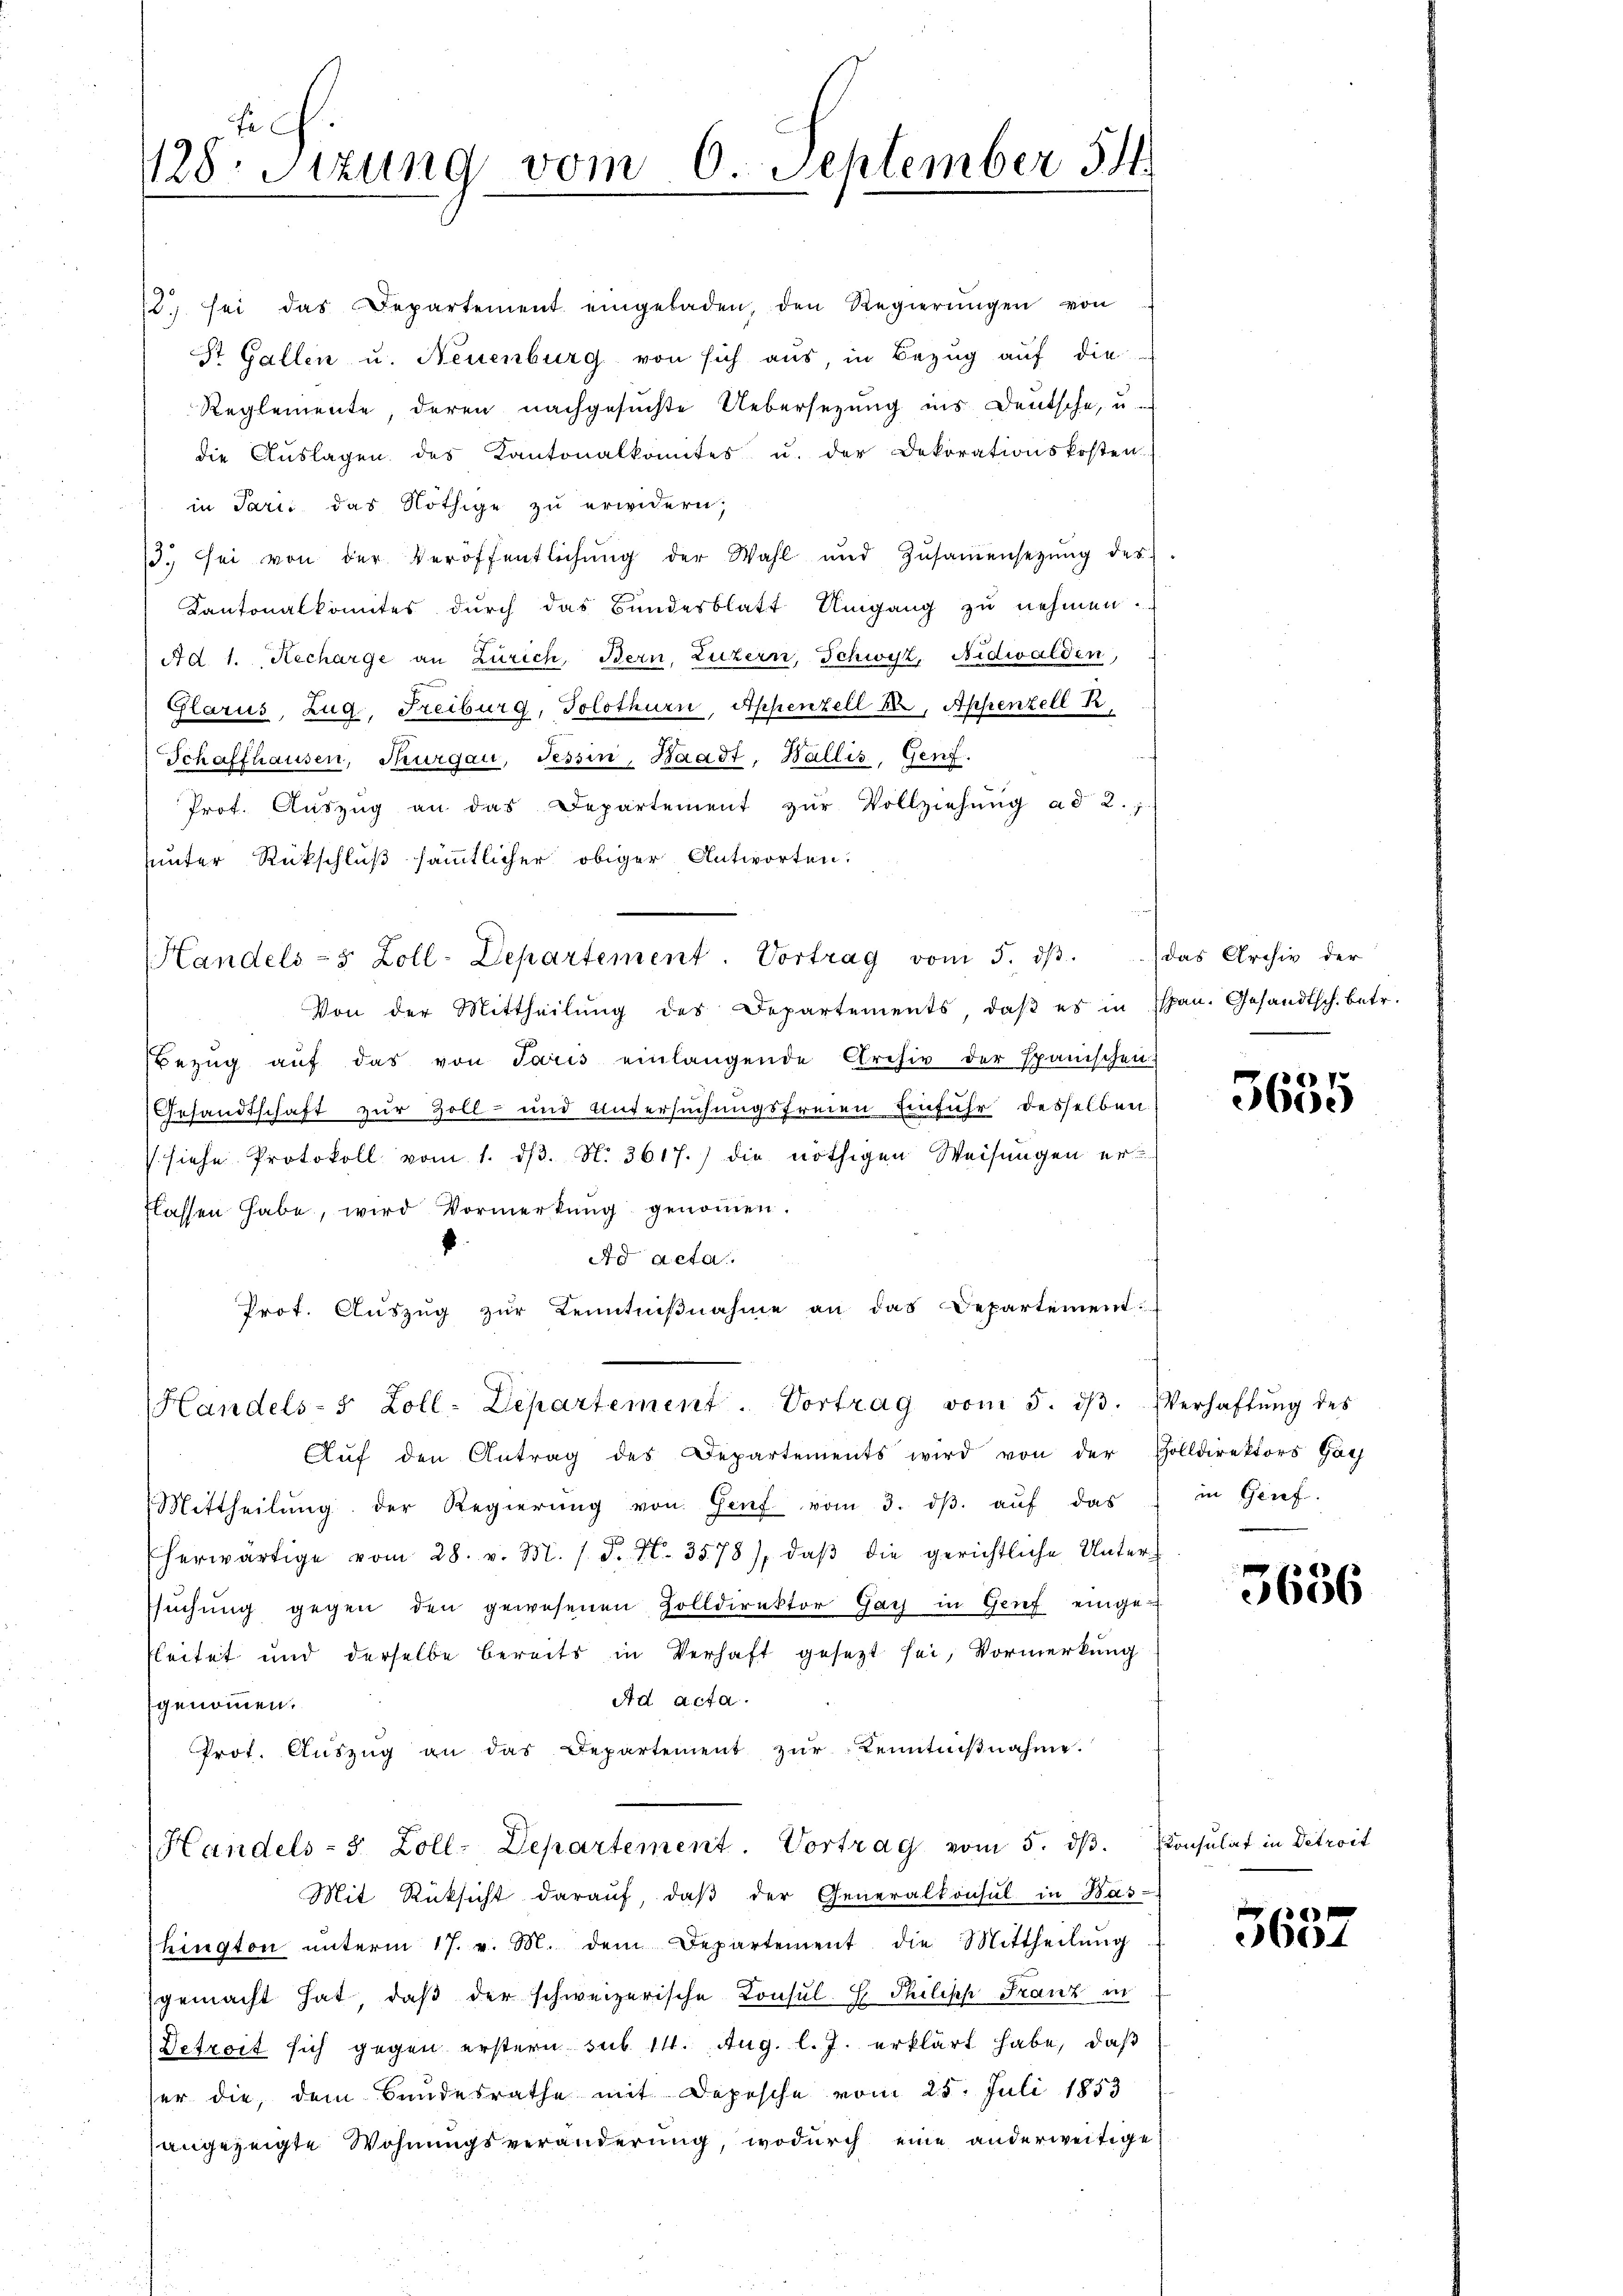
fe
1128. Sitzung vom 6. September 54.

22 sei das Departement eingeladen, den Regierŭngen von
St. Gallen u. Neuenburg von sich aus, in Bezug auf die
Reglemente, deren nachgesuchte Uebersetzung ins Deutsche, u.
die Aŭslagen des Kantonalkomites u. der Dekorationskosten.
in Parii das Nöthige zu erwidern;
3. sei von der Veröffentlichŭng der Wahl und Zŭsaṁensetzŭng des
Kantonalkomites durch das Bundesblatt Umgang zu nehmen.
Ad. 1. Recharge an Zürich Bern, Luzern, Schwyz, Nidwalden,
Glarus, Zug, Freiburg, Solothurn, Appenzell 22, Appenzell R.
Schaffhausen, Thurgau, Tessin, Waadt, Wallis, Genf.
Prof. Auszug an das Departement zur Vollziehung ad 2. 7.
unter Rückschluß sämmtlicher obiger Antworten.
Handels- & Zoll-Departement. Vortrag vom 5. dβ.
Von der Mittheilung des Departements, daß es in Span. Gesandtsch. betr.
Bezŭg aŭf das von Joris einlangende Archiv der Spanischen
Gesandtschaft zur Zoll- und Untersuchungsfreien Einfuhr desselben
(siehe Protokoll vom 1. dβ. N. 3617.) die nöthigen Weisungen erflassen habe, wird Vormerkung genommen.
Ad acta.
Prot. Aŭszŭg zŭr Kenntniβnahme an das Departement
Handels- 5 Zoll-Departement. Vortrag vom 5. dβ. Verhaftŭng des
Aŭf den Antrag des Departements wird von der Zolldirektors Göth
Mittheilŭng der Regierŭng von Hanf vom 3. dβ aŭf das
Eherwärtige vom 28. v. M. /. d. N. 3578), daβ die gerichtliche Unter-
suchung gegen den gewesenen Zolldirektor Gay in Genf eingefleitet und derselbe bereits in Verhaft gesezt sei, Vormerkung
Ad acta.
genommen.
Prot. Aŭszŭg an das Departement zŭr Kenntniβnahme.
Handels- 3 Zoll-Departement. Vortrag vom 5. dβ. Consulat in Detroit
Mit Rücksicht darauf, daβ der Generalkonsul in Was-
hington ŭnterm 17. v. M. dem Departement die Mittheilŭng
gemacht hat, daβ der schweizerische Consul-E. Philisch Franz in
Detreit sich gegen erstern sub 14. Aug. l. J. erklärt habe, daß
er die, dem Bundesrathe mit Depesche vom 25. Juli 1853
angezeigte Wohnungsveränderŭng, wodŭrch eine anderweitige

das Archiv der

5635

in Genf.

3686

5637